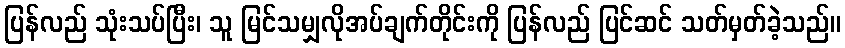
ပြန်လည် သုံးသပ်ပြီး၊ သူ မြင်သမျှလိုအပ်ချက်တိုင်းကို ပြန်လည် ပြင်ဆင် သတ်မှတ်ခဲ့သည်။